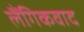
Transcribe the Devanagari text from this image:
लैंगिकवाद